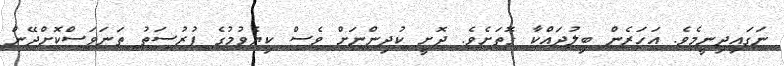
ނަގައިދިނީމެވެ. އަހަރެން ބިލުދައްކާ ގޮތަށެވެ. ދޮށީ ކުދިންނަށް ވެސް ކިޔެވުމުގެ ފުރުސަތު ތަނަވަސްކޮށްދޭން